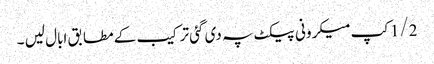
1/2کپ میکرونی پیکٹ پہ دی گئی ترکیب کے مطابق ابال لیں ۔